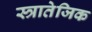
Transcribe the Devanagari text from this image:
स्त्रातेजिक